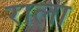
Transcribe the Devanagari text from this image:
राला